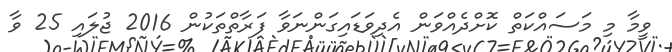
ވީމާ މި މަސައްކަތް ކޮށްދެއްވަން އެދިވަޑައިގަންނަވާ ފަރާތްތަކުން 2016 ޖުލައި 25 ވާ